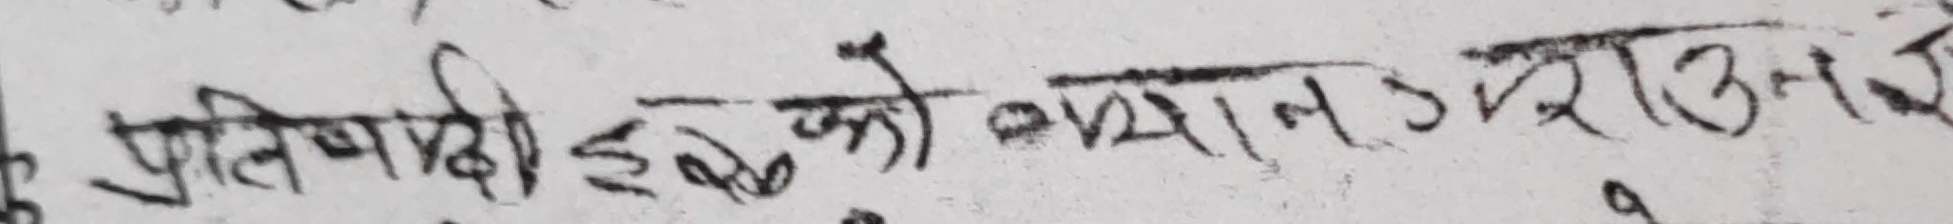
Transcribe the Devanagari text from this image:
प्रतिवादीहरूको ध्यान उखाउन े